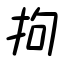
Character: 拘